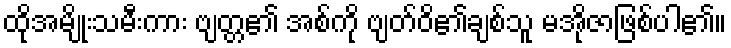
ထိုအမျိုးသမီးကား ဗျတ္တ၏ အစ်ကို ဗျတ်ဝိ၏ချစ်သူ မအိုဇာဖြစ်ပါ၏။